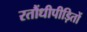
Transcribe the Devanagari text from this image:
रतौंधीपीड़ितों